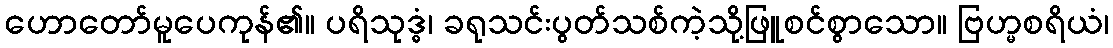
ဟောတော်မူပေကုန်၏။ ပရိသုဒ္ဓံ၊ ခရုသင်းပွတ်သစ်ကဲ့သို့ဖြူစင်စွာသော။ ဗြဟ္မစရိယံ၊